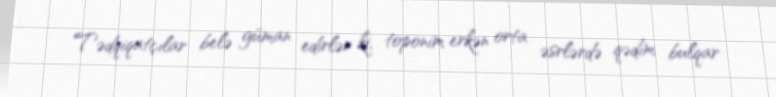
Tədqiqatçılar belə güman edirlər ki, toponim erkən orta əsrlərdə qədim bulqar